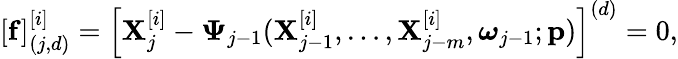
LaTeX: \begin{array}{r}{[\mathbf{f}]_{(j,d)}^{[i]}=\left[\mathbf{X}_{j}^{[i]}-\boldsymbol{\Psi}_{j-1}(\mathbf{X}_{j-1}^{[i]},\ldots,\mathbf{X}_{j-m}^{[i]},\boldsymbol{\omega}_{j-1};\mathbf{p})\right]^{(d)}=0,}\end{array}